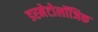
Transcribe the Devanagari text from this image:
डरमेटोलॉजिक